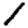
Digit: 1